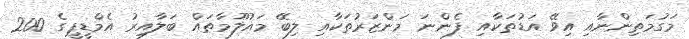
މަގުމަތިންނާއި އިވޭ އަޑުތަކާއި ފެންނަ މަންޒަރުތަކާއި ލިބޭ މައުލޫމާތައް ބަލާއިރު އެމްޑީޕީގެ 200